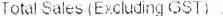
TOTAL SALES (EXCLUDING GST) :